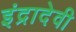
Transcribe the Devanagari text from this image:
इंद्रादेवी